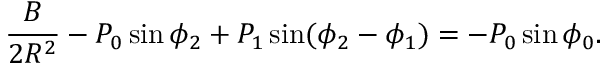
\frac { B } { 2 R ^ { 2 } } - P _ { 0 } \sin \phi _ { 2 } + P _ { 1 } \sin ( \phi _ { 2 } - \phi _ { 1 } ) = - P _ { 0 } \sin \phi _ { 0 } .